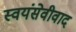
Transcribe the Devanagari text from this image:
स्वयंसेवीवाद